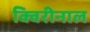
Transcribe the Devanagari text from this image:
क्विरीनाल